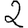
Digit: 2